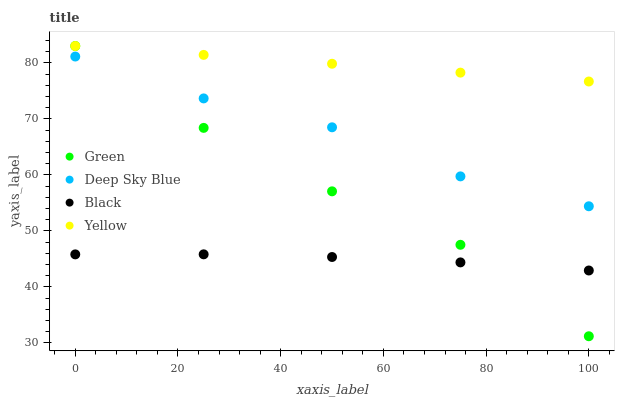
| xaxis_label | Green | Deep Sky Blue | Black | Yellow |
 | --- | --- | --- | --- | --- |
 | 0 | 83 | 81.1 | 45.8 | 83 |
 | 25 | 68.4 | 73.6 | 45.8 | 81.4 |
 | 50 | 57.1 | 68.5 | 45.3 | 79.8 |
 | 75 | 47.5 | 59.7 | 44.4 | 78.2 |
 | 100 | 31.2 | 54.4 | 42.9 | 76.7 |